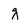
Character: g